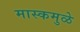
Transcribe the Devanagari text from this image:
मास्कमुळे